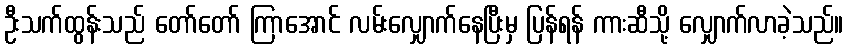
ဦးသက်ထွန်းသည် တော်တော် ကြာအောင် လမ်းလျှောက်နေပြီးမှ ပြန်ရန် ကားဆီသို့ လျှောက်လာခဲ့သည်။